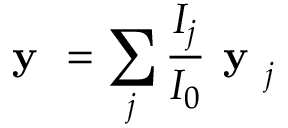
\textbf { y } = \sum _ { j } \frac { I _ { j } } { I _ { 0 } } \textbf { y } _ { j }